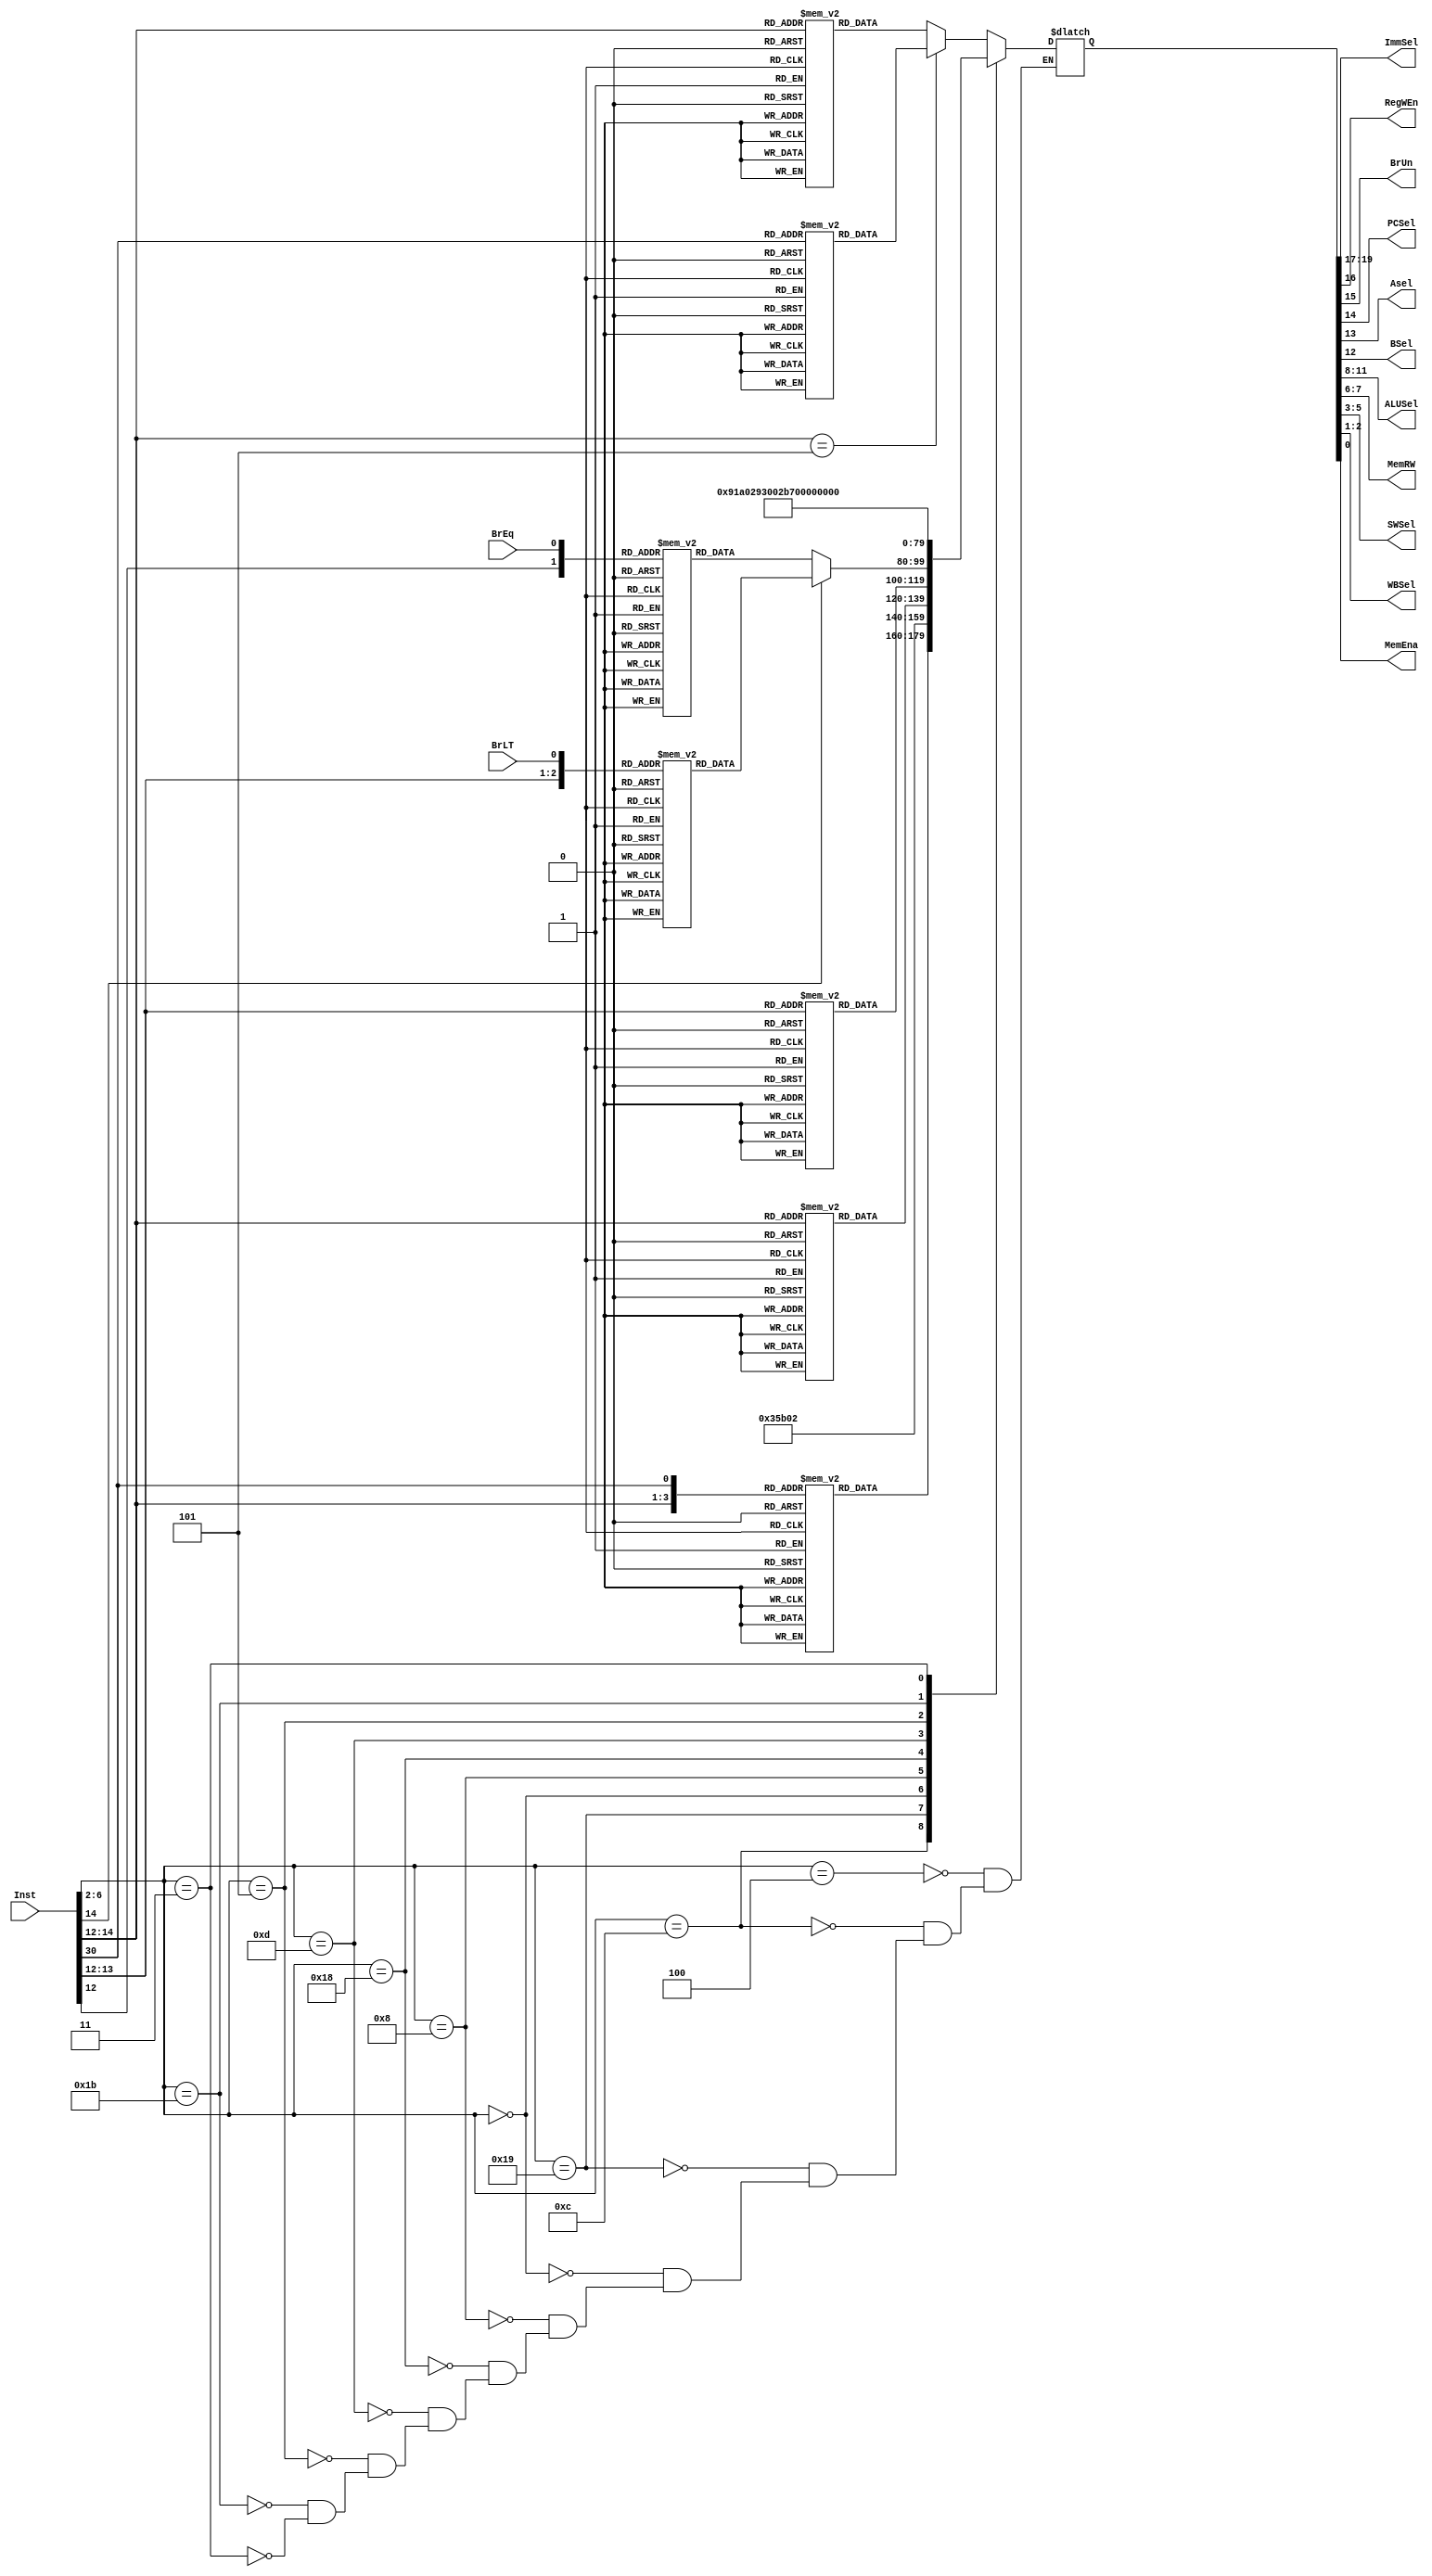

module ControlSignal(
	input[31:0] Inst, 
	input BrLT, 
	input BrEq, 

	
	output reg[2:0] ImmSel,	//3
	output reg RegWEn,		//1
	output reg BrUn,			//1
	output reg PCSel, 		//1
	output reg Asel,			//1
	output reg BSel,			//1
	output reg[3:0] ALUSel,	//4
	output reg[1:0] MemRW,	//2
	output reg[2:0] SWSel,	//3
	output reg[1:0] WBSel,	//2
	output reg MemEna			//1
	); 							//20
	reg [19:0] ROM0 [0:1];
	reg [19:0] ROM1 [0:7];
	reg [19:0] ROM2 [0:15];
	reg [19:0] ROM3 [0:7];
	reg [19:0] ROM4 [0:3];
	reg [19:0] ROM5 [0:3];
	reg [19:0] ROM6 [0:7];
	reg [19:0] temp;
	
	initial begin 
					//	       IMM_R_B_P_A_B_ALUS_ME_SWS_WB_MR
		ROM0[1'b 0] = 20'b 110_1_0_0_0_1_0110_00_000_01_0;	//SRLI	
		ROM0[1'b 1] = 20'b 110_1_0_0_0_1_0111_00_000_01_0;	//SRAI
		
						//	       IMM_R_B_P_A_B_ALUS_ME_SWS_WB_MR
		ROM1[3'b 000] = 20'b 001_1_0_0_0_1_0000_00_000_01_0; 	//ADDI
		ROM1[3'b 010] = 20'b 001_1_0_0_0_1_1000_00_000_01_0;	//SLTI			
		ROM1[3'b 011] = 20'b 001_1_0_0_0_1_1001_00_000_01_0;	//SLTU	
		ROM1[3'b 100] = 20'b 001_1_0_0_0_1_0100_00_000_01_0;	//XORI	
		ROM1[3'b 110] = 20'b 001_1_0_0_0_1_0010_00_000_01_0;	//ORI	
		ROM1[3'b 111] = 20'b 001_1_0_0_0_1_0011_00_000_01_0;	//ANDI	
		ROM1[3'b 001] = 20'b 110_1_0_0_0_1_0101_00_000_01_0;	//SLLI	
	

						//	       IMM_R_B_P_A_B_ALUS_ME_SWS_WB_MR
		ROM2[4'b 0000] = 20'b 000_1_0_0_0_0_0000_00_000_01_0; 	//ADD
		ROM2[4'b 0001] = 20'b 000_1_0_0_0_0_0001_00_000_01_0;	//Sub			
		ROM2[4'b 0010] = 20'b 000_1_0_0_0_0_0101_00_000_01_0;	//SLL	
		ROM2[4'b 0100] = 20'b 000_1_0_0_0_0_1000_00_000_01_0;	//SLT	
		ROM2[4'b 0110] = 20'b 000_1_0_0_0_0_1001_00_000_01_0;	//SLTU	
		ROM2[4'b 1000] = 20'b 000_1_0_0_0_0_0100_00_000_01_0;	//XOR	
		ROM2[4'b 1010] = 20'b 000_1_0_0_0_0_0110_00_000_01_0;	//SRL	
		ROM2[4'b 1011] = 20'b 000_1_0_0_0_0_0111_00_000_01_0;	//SRA	
		ROM2[4'b 1100] = 20'b 000_1_0_0_0_0_0010_00_000_01_0;	//OR	
		ROM2[4'b 1110] = 20'b 000_1_0_0_0_0_0011_00_000_01_0;	//AND	

						//	      IMM_R_B_P_A_B_ALUS_ME_SWS_WB_MR
		ROM3[3'b 000] = 20'b 001_1_0_0_0_1_0000_00_011_00_1; //LB
		ROM3[3'b 001] = 20'b 001_1_0_0_0_1_0000_00_100_00_1;	//LH			
		ROM3[3'b 010] = 20'b 001_1_0_0_0_1_0000_00_010_00_1;	//LW	
		ROM3[3'b 100] = 20'b 001_1_0_0_0_1_0000_00_000_00_1;	//LBU	
		ROM3[3'b 101] = 20'b 001_1_0_0_0_1_0000_00_001_00_1;	//LHU	
		
					//	        IMM_R_B_P_A_B_ALUS_ME_SWS_WB_MR
		ROM4[2'b 00] = 20'b 010_0_0_0_0_1_0000_01_000_00_1; //SB
		ROM4[2'b 01] = 20'b 010_0_0_0_0_1_0000_10_000_00_1;	//SH			
		ROM4[2'b 10] = 20'b 010_0_0_0_0_1_0000_11_000_00_1;	//SW	

						//	     IMM_R_B_P_A_B_ALUS_ME_SWS_WB_MR
		ROM5[2'b 01] = 20'b 011_0_0_1_1_1_0000_00_000_00_0; 	//BEQ
		ROM5[2'b 00] = 20'b 011_0_0_0_0_0_0000_00_000_00_0;	//BEQ		
		ROM5[2'b 11] = 20'b 011_0_0_0_0_0_0000_00_000_00_0;	//BNE
		ROM5[2'b 10] = 20'b 011_0_0_1_1_1_0000_00_000_00_0;	//BNE	

						//	      IMM_R_B_P_A_B_ALUS_ME_SWS_WB_MR
		ROM6[3'b 001] = 20'b 011_0_0_1_1_1_0000_00_000_00_0; //BLT
		ROM6[3'b 000] = 20'b 011_0_0_0_0_0_0000_00_000_00_0;	//BLT			
		ROM6[3'b 011] = 20'b 011_0_0_0_0_0_0000_00_000_00_0;	//BGE	
		ROM6[3'b 010] = 20'b 011_0_0_1_1_1_0000_00_000_00_0;	//BGE	
		ROM6[3'b 101] = 20'b 011_0_1_1_1_1_0000_00_000_00_0;	//BLTU	
		ROM6[3'b 100] = 20'b 011_0_1_0_0_0_0000_00_000_00_0;	//BLTU	
		ROM6[3'b 111] = 20'b 011_0_1_0_0_0_0000_00_000_00_0;	//BGEU
		ROM6[3'b 110] = 20'b 011_0_1_1_1_1_0000_00_000_00_0;	//BGEU
		
	end	

	always@* begin
		case(Inst[6:2])
			5'b00100 : 
                begin
							case(Inst[14:12])
								3'b 101 : temp <= ROM0[Inst[30]];//yellow
								default : temp <= ROM1[Inst[14:12]];//yellow   
							endcase
                end
			5'b01100 : temp <= ROM2[{Inst[14:12],Inst[30]}];//blue
			            //	         IMM_R_B_P_A_B_ALUS_ME_SWS_WB
			5'b11001 : temp <= 20'b 001_1_0_1_0_1_1011_00_000_01_0; 	//JALR
			5'b00000 : temp <= ROM3[Inst[14:12]]; //RED
			5'b01000 : temp <= ROM4[Inst[13:12]]; //GREEN
			5'b11000 : //LRED
                begin
							case(Inst[14])
								1'b0 : temp <= ROM5[{Inst[12],BrEq}];//Lyellow
								1'b1 : temp <= ROM6[{Inst[13:12],BrLT}];//Lgreen    
							endcase
                end
			            //	         IMM_R_B_P_A_B_ALUS_ME_SWS_WB
			5'b01101 : temp <= 20'b 100_1_0_0_0_1_1010_00_000_01_0; 	//LUP
			            //	         IMM_R_B_P_A_B_ALUS_ME_SWS_WB
			5'b00101 : temp <= 20'b 100_1_0_0_1_1_0000_00_000_01_0; 	//AUIPC	
			            //	         IMM_R_B_P_A_B_ALUS_ME_SWS_WB
			5'b11011 : temp <= 20'b 101_1_0_1_1_1_0000_00_000_10_0; 	//JAL
			
			5'b00011 : temp <= 20'b 000_0_0_0_0_0_0000_00_000_00_0; 	//FENCE
		endcase                  //987_6 5 4 3 2 1098_76_543_21_0
		
		
		ImmSel <= temp[19:17];	//3
		RegWEn <= temp[16];	//1
		BrUn <= temp[15];	//1
		PCSel <= temp[14]; 	//1
		Asel <= temp[13];	//1
		BSel <= temp[12];	//1
		ALUSel <= temp[11:8];	//4
		MemRW <= temp[7:6];	//2
		SWSel <= temp[5:3];	//3
		WBSel <= temp[2:1];	//2
		MemEna <= temp[0];
	end

endmodule